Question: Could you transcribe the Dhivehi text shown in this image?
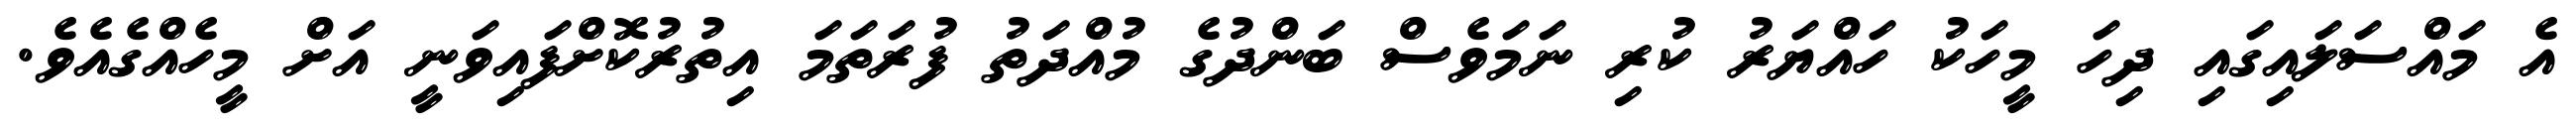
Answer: އެ މައްސަލައިގައި ދިހަ މީހަކު ހައްޔަރު ކުރި ނަމަވެސް ބަންދުގެ މުއްދަތު ފުރަތަމަ އިތުރުކޮށްފައިވަނީ އަށް މީހެއްގެއެވެ.